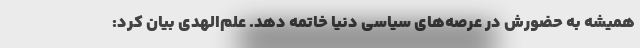
همیشه به حضورش در عرصه‌های سیاسی دنیا خاتمه دهد. علم‌الهدی بیان کرد: